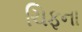
ચિફના